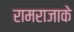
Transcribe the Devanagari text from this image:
रामराजाके